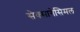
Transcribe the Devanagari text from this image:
सेक्सागेसिमल